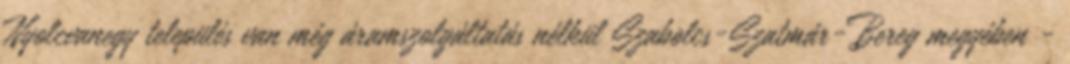
Nyolcvanegy település van még áramszolgáltatás nélkül Szabolcs-Szatmár-Bereg megyében -